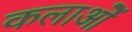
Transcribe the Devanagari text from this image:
कलाओें